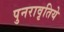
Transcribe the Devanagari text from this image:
पुनरावृतिये